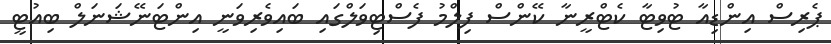
ޕެރިސް އިންޑިއާ ޓުވިޓާ ކެޓްރީނާ ކޭންސް ފިލްމު ފެސްޓިވަލްގައި ބައިވެރިވަނީ އިންޓަނޭޝަނަލް ބިއުޓީ